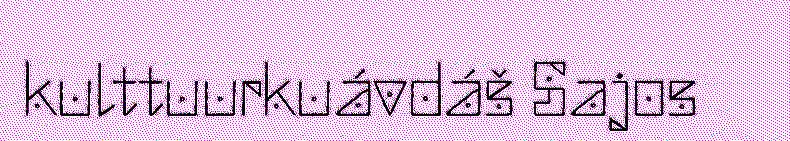
kulttuurkuávdáš Sajos